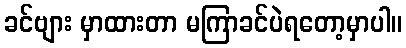
ခင်ဗျား မှာထားတာ မကြာခင်ပဲရတော့မှာပါ။